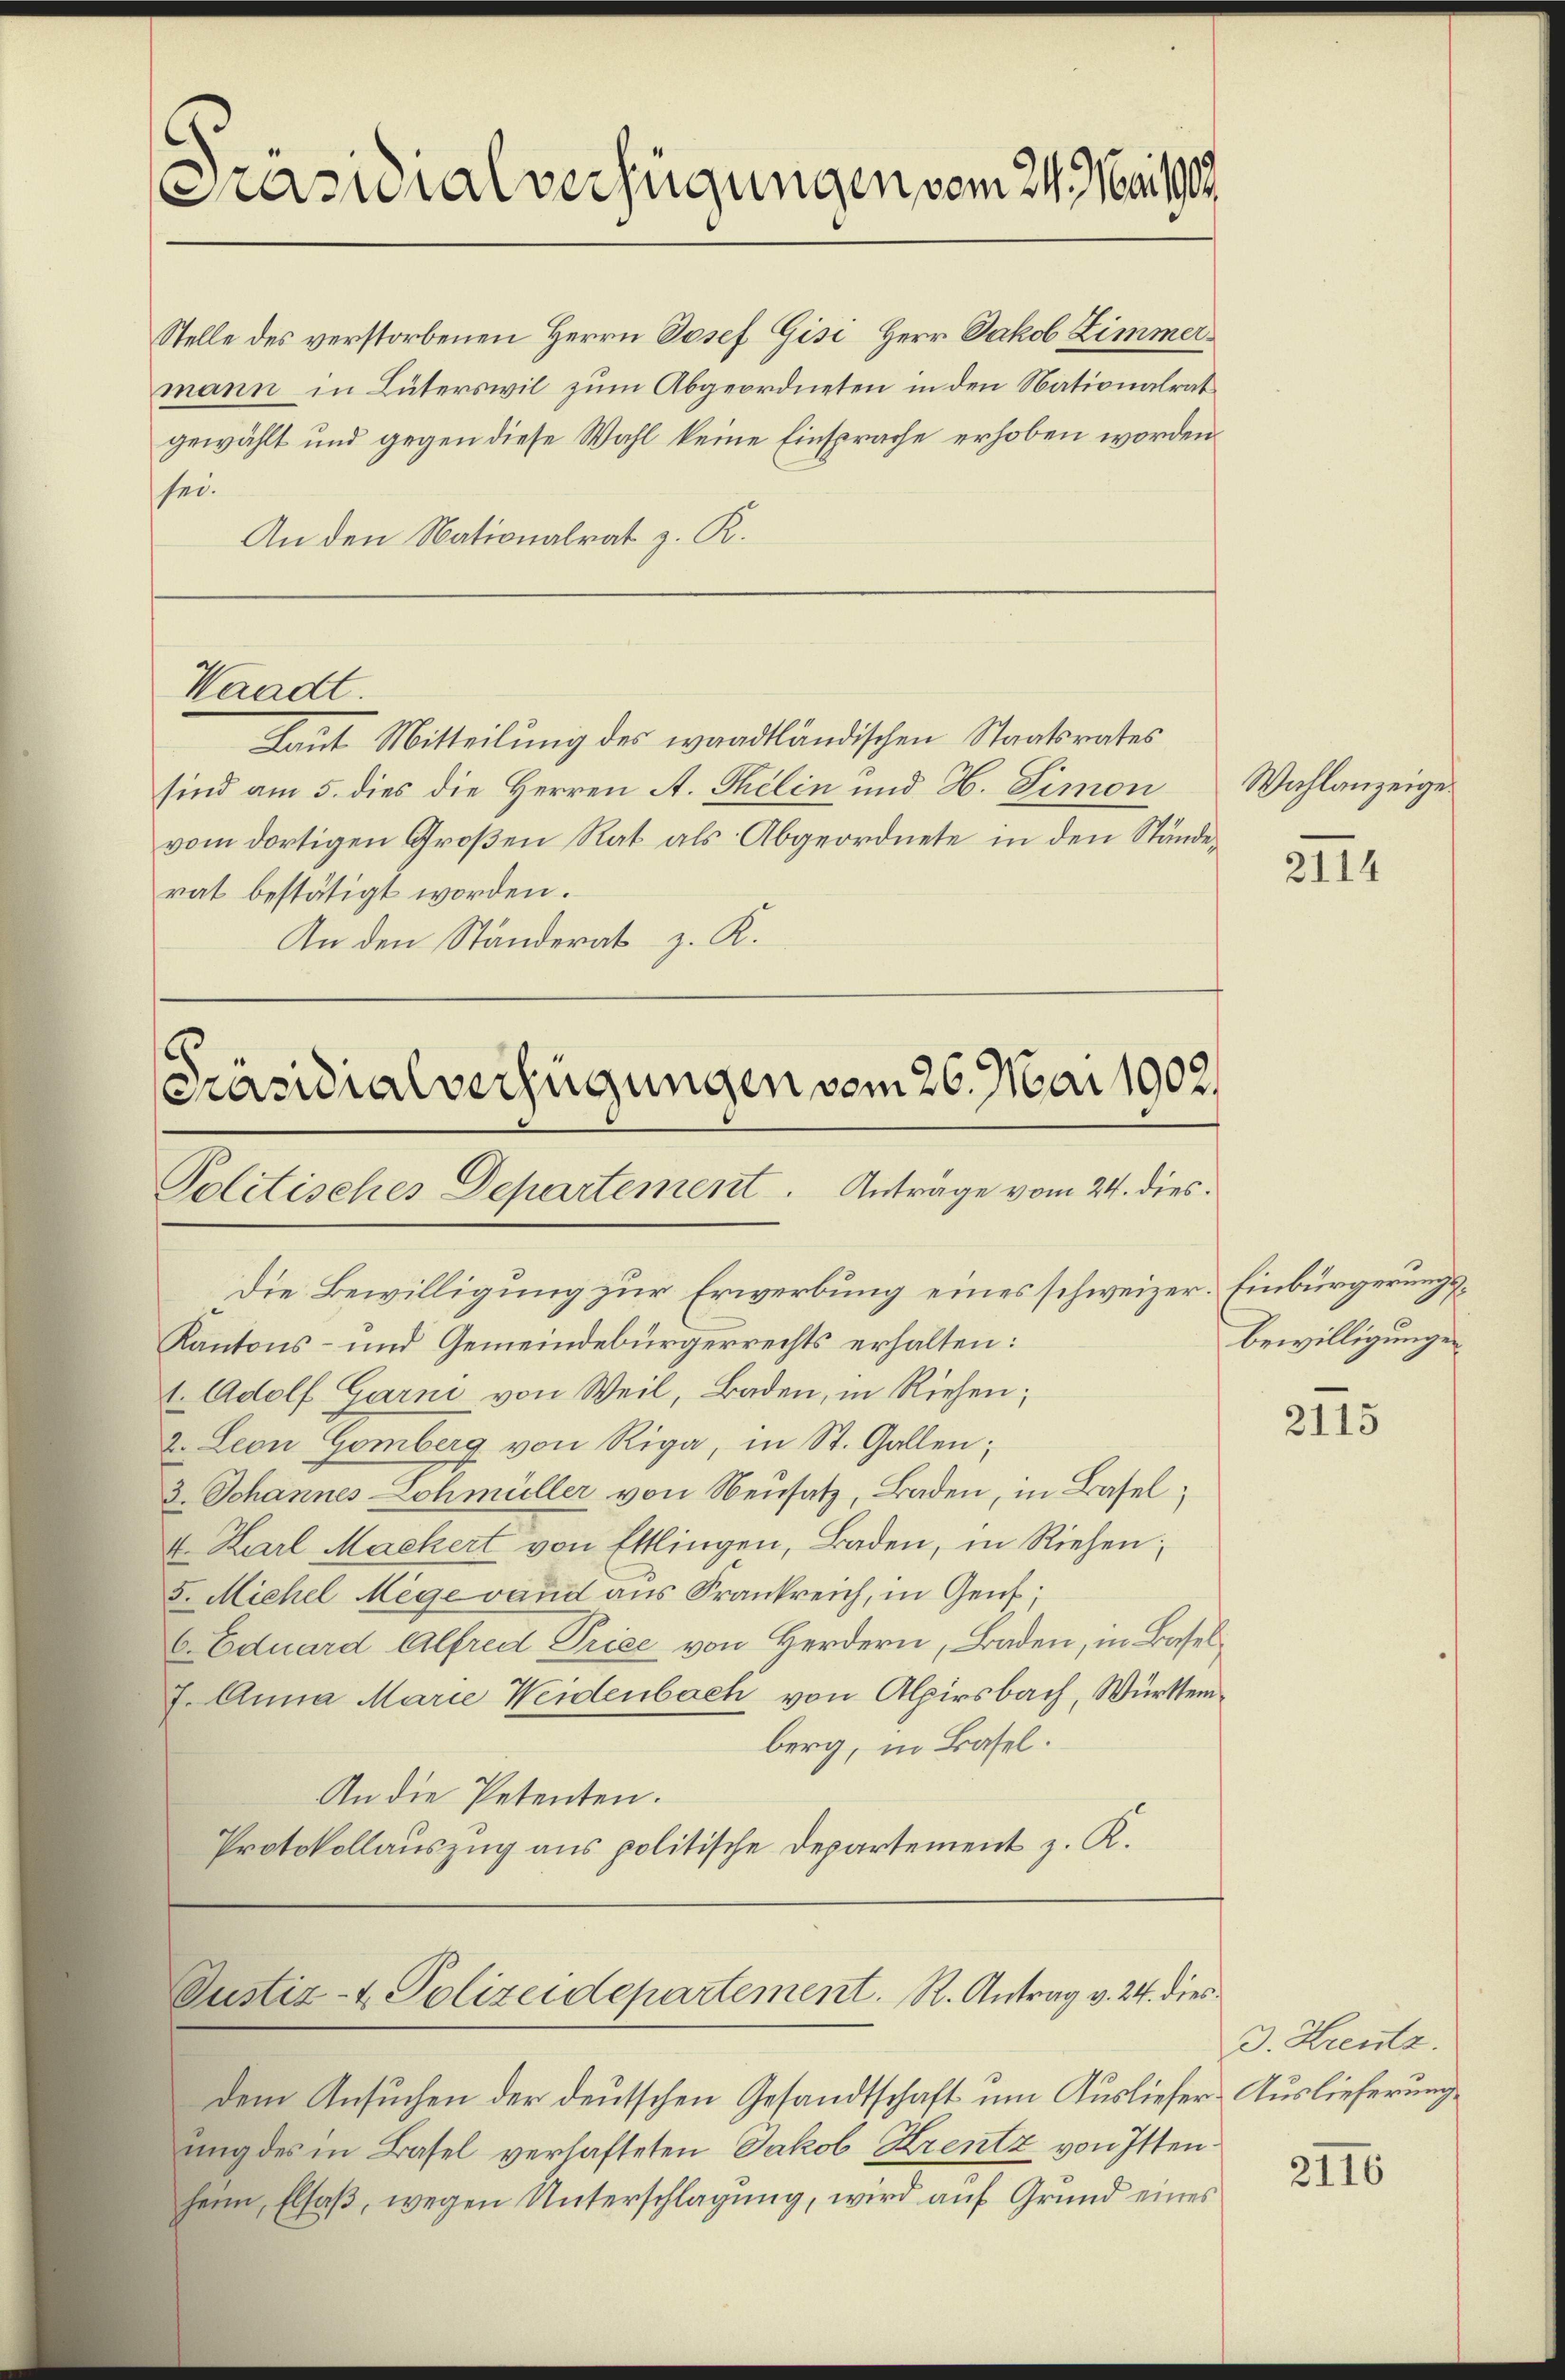
Präsidialverfügungen vom 24. Mai 1909

Stelle des verstorbenen Herrn Josef Gisi, Herr Jakob Zimmer
mann in Büterswil zum Abgeordneten in den Nationalrat
gewählt und gegen diese Wahl keine Einsprache erhoben worden
sei.
An den Nationalrat z. R.

Waadt.
Laut Mitteilung des waadtländischen Staatsrates

sind am 5. dies die Herren A. Thilin und H. Fimon
vom dortigen Groβen Rat als Abgeordnete in den Stände-
rat bestätigt worden.
An den Ständerat z. K.

Präsidialverfügungen vom 26. Mai 1902.
Politisches Departement. Anträge vom 24. dies

Die Bewilligung zur Erwerbung eines schweizer. Einbürgerungs¬
Kantons- und Gemeindebürgerrechts erhalten:
1. Adolf Garni von Weil, Baden, in Riehen;
2. Leon Gomberg von Riga, in St. Gallen;
3. Johannes Lohmüller von Neusatz, Baden, in Basel;
4. Karl Mackert von Ettlingen, Baden, in Riehen;
5. Michel Mege vaud ans Frankreich, in Genf;
C. Eduard Alfred Priee von Herdern, Baden, in Basel¬
. Anna Marie Weidenbach von Alpirsbach, Württemberg, in Basel.
An die Petenten.
Protokollauszug aus politische Departement z. R.

Justiz- & Polizeidepartement. R. Antrag v. 24. dies

dem Ansuchen der deutschen Gesandtschaft um Ausliefer-Auslieferung
ung des in Basel verhafteten Jakob Krentz von Ittenheim Elsaß, wegen Unterschlagung, wird auf Grund eines

Wahlanzeige

2114

bewilligungen

2115

3. Kreutz.

2116